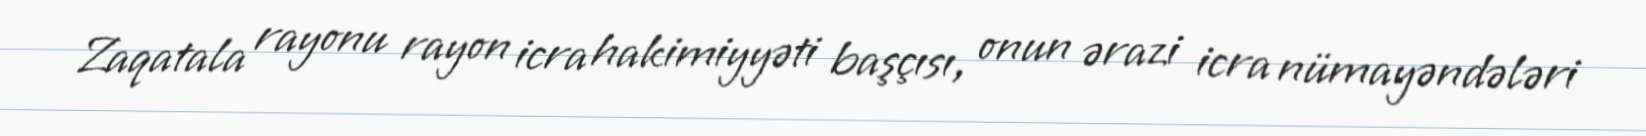
Zaqatala rayonu rayon icra hakimiyyəti başçısı, onun ərazi icra nümayəndələri